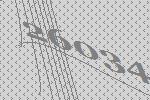
26034